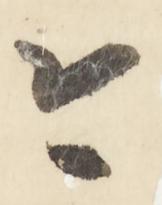
今